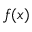
f ( x )